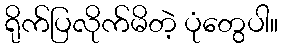
ရိုက်ပြလိုက်မိတဲ့ ပုံတွေပါ။